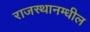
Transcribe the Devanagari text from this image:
राजस्थानम्धील